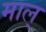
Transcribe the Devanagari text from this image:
माल्